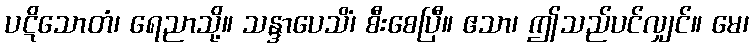
ပဋိသောတံ၊ ရေညာသို့။ သန္ဒာပေသိံ၊ စီးစေပြီ။ ဧသာ၊ ဤသည်ပင်လျှင်။ မေ၊